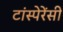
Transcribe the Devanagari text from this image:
टांस्पेरेंसी